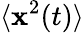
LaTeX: \langle\mathbf{x}^{2}(t)\rangle